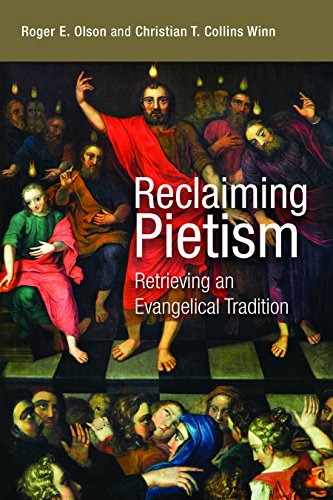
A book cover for Reclaiming Pietism: Retrieving an Evangelical Tradition; Roger E. Olson; Christian Books & Bibles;